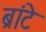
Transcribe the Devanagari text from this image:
ब्रांटे